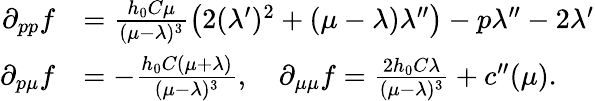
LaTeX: \begin{array}{rl}{\partial_{pp}f}&{=\frac{h_{0}C\mu}{(\mu-\lambda)^{3}}\left(2(\lambda^{\prime})^{2}+(\mu-\lambda)\lambda^{\prime\prime}\right)-p\lambda^{\prime\prime}-2\lambda^{\prime}}\\ {\partial_{p\mu}f}&{=-\frac{h_{0}C(\mu+\lambda)}{(\mu-\lambda)^{3}},\quad\partial_{\mu\mu}f=\frac{2h_{0}C\lambda}{(\mu-\lambda)^{3}}+c^{\prime\prime}(\mu).}\end{array}